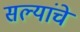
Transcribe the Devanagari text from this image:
सल्यांचे